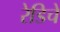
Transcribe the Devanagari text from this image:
रेडिचे